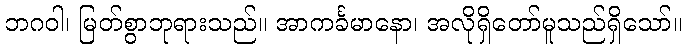
ဘဂဝါ၊ မြတ်စွာဘုရားသည်။ အာကင်္ခမာနော၊ အလိုရှိတော်မူသည်ရှိသော်။